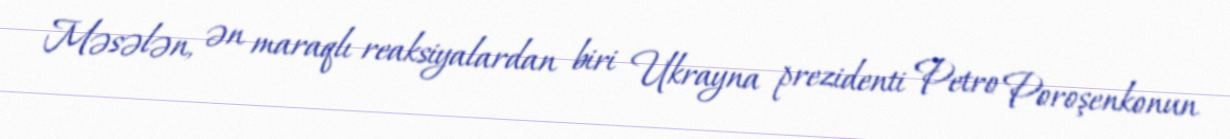
Məsələn, ən maraqlı reaksiyalardan biri Ukrayna prezidenti Petro Poroşenkonun